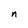
Character: n